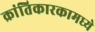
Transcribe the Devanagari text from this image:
क्रांतिकारकामध्ये